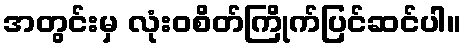
အတွင်းမှ လုံးဝစိတ်ကြိုက်ပြင်ဆင်ပါ။